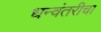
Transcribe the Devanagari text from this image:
धन्वंतरीचा